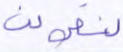
لنقولن